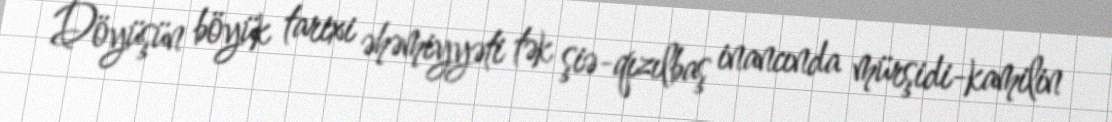
Döyüşün böyük tarixi əhəmiyyəti tək şiə-qızılbaş inancında mürşidi-kamilin